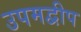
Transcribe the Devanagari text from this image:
उपमद्वीप